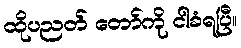
ထိုပညတ် တော်ကို ငါခံရပြီ။